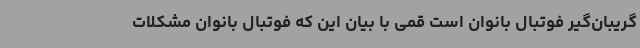
گریبان‌گیر فوتبال بانوان است قمی با بیان این که فوتبال بانوان مشکلات